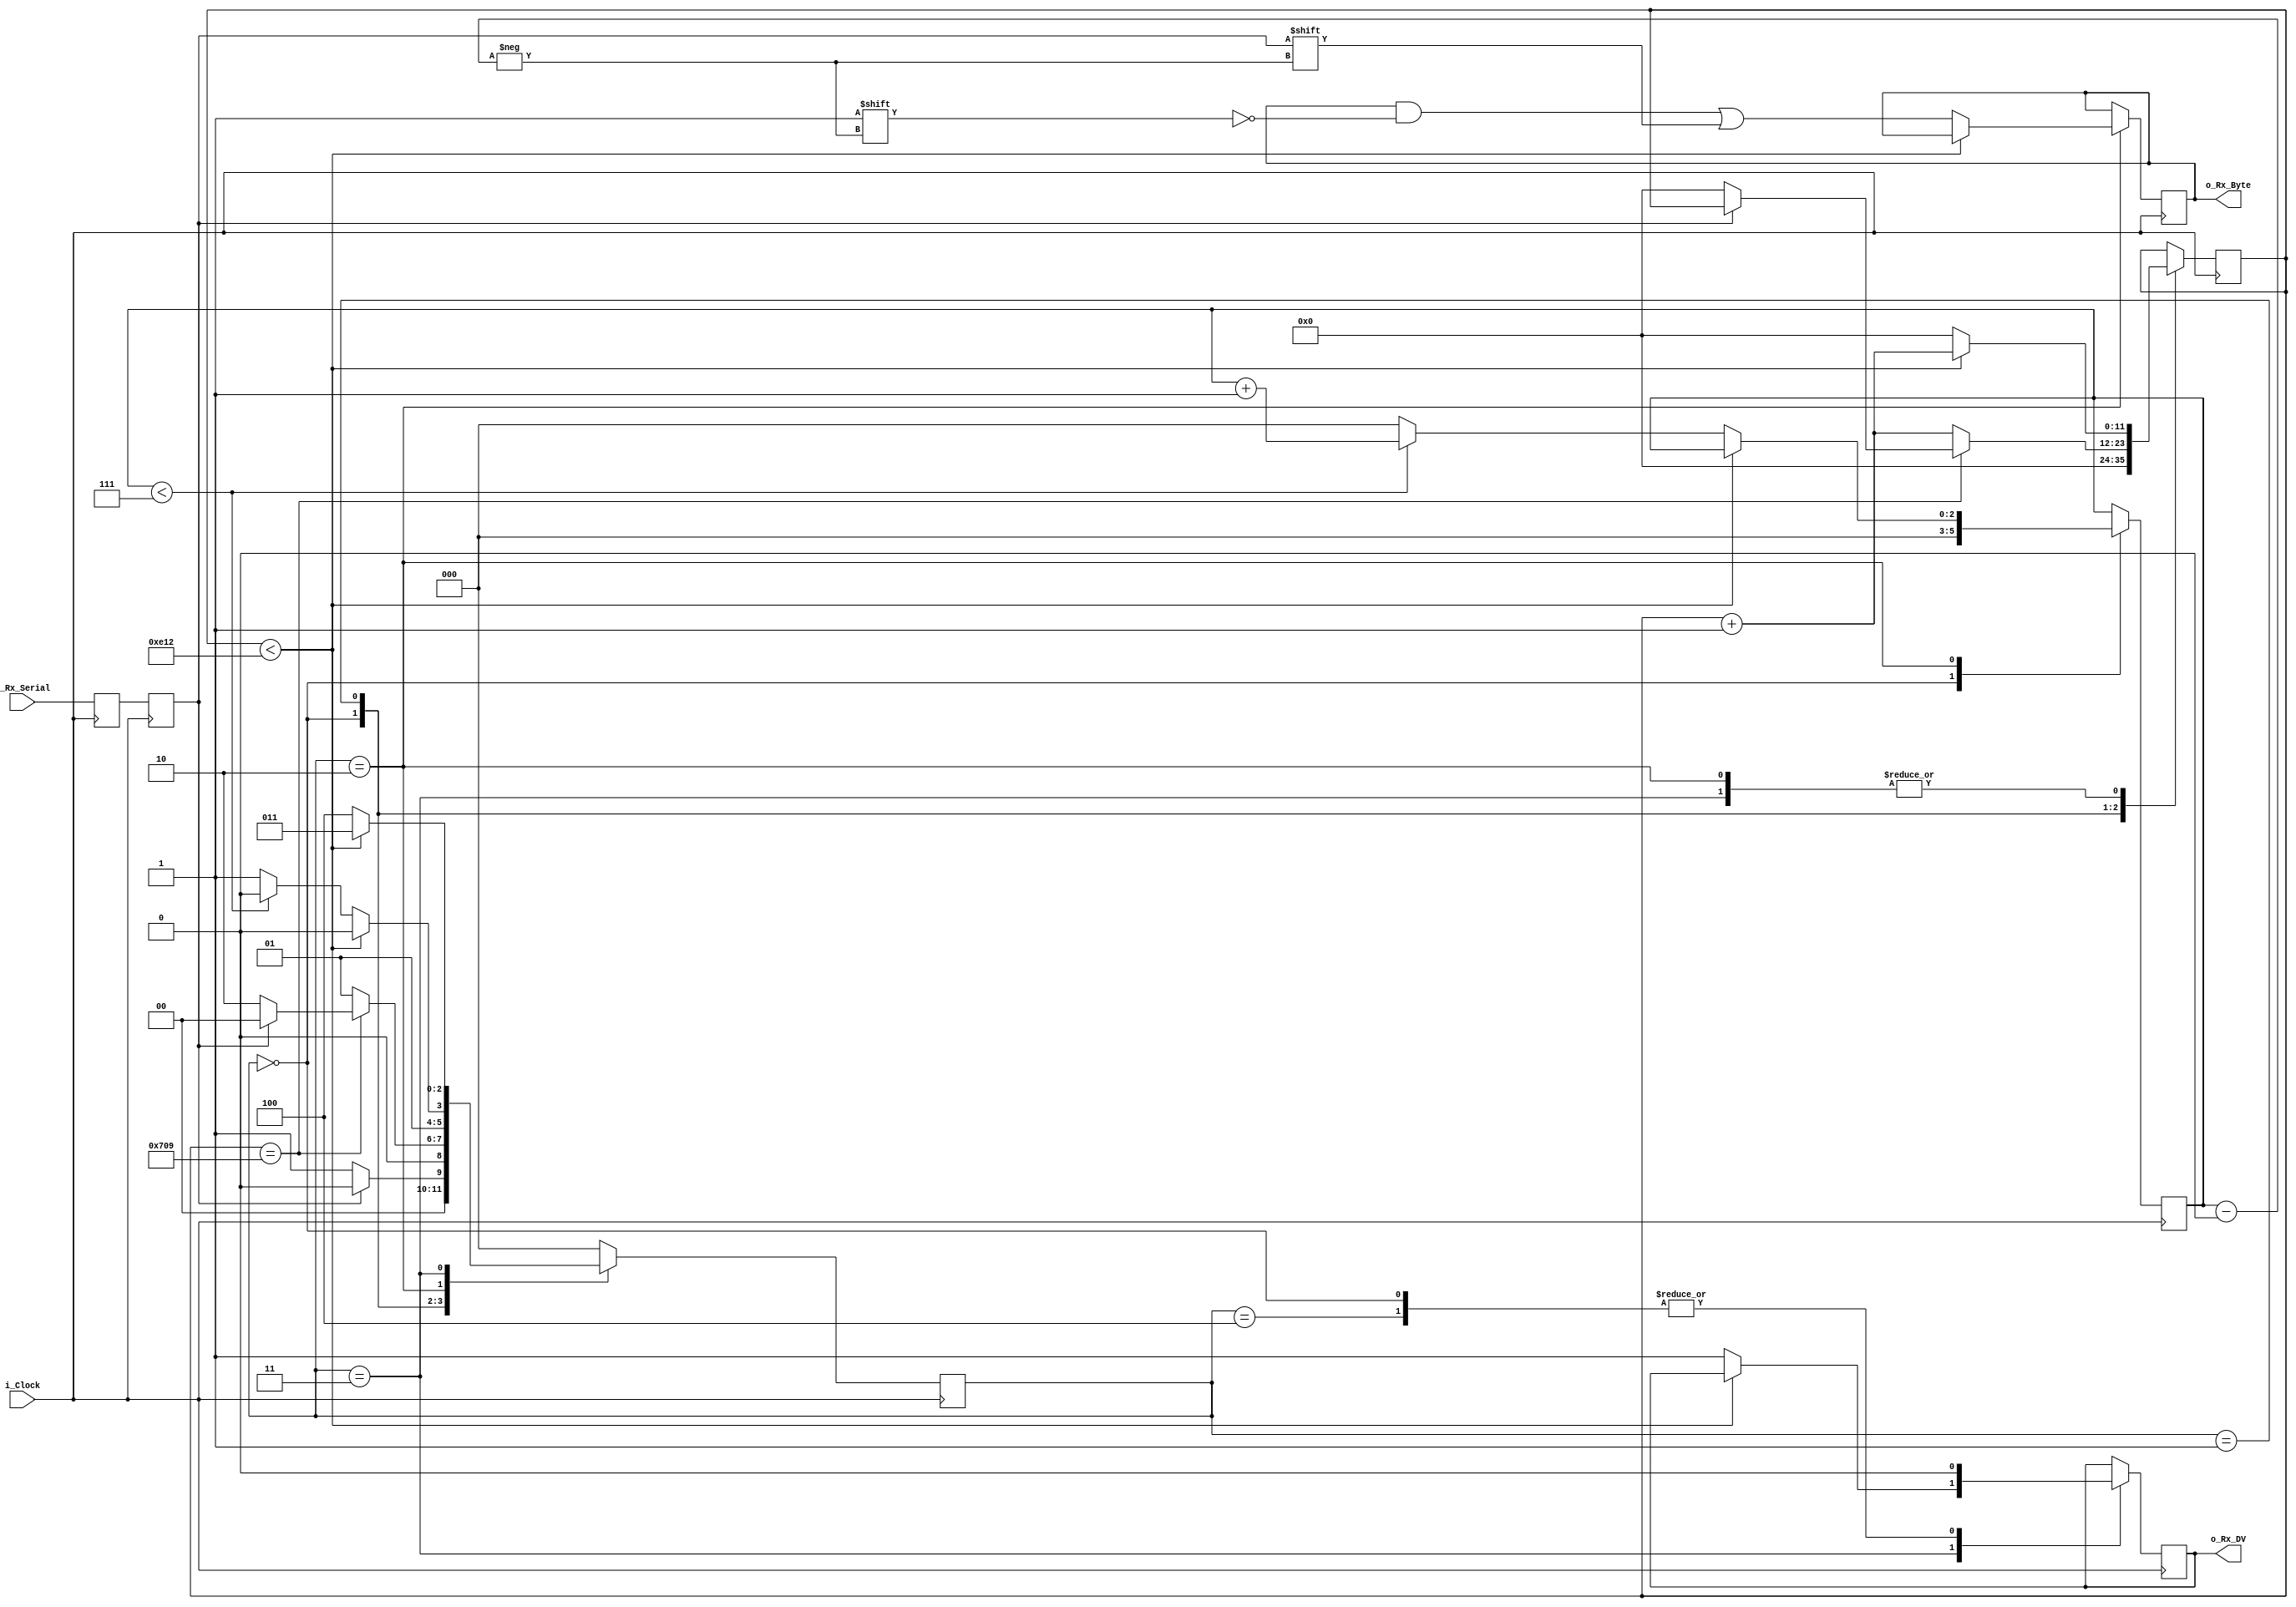
//////////////////////////////////////////////////////////////////////
// File Downloaded from http://www.nandland.com
//////////////////////////////////////////////////////////////////////
// This file contains the UART Receiver.  This receiver is able to
// receive 8 bits of serial data, one start bit, one stop bit,
// and no parity bit.  When receive is complete o_rx_dv will be
// driven high for one clock cycle.
// 
// Set Parameter CLKS_PER_BIT as follows:
// CLKS_PER_BIT = (Frequency of i_Clock)/(Frequency of UART)
// (50000000)/(14400) = 3603
  
module uart_rx 
  #(parameter CLKS_PER_BIT = 3603)
  (
   input        i_Clock,
   input        i_Rx_Serial, // Pino de Entrada do RX
   output       o_Rx_DV, // Sada para indicar se o dado j foi recebido
   output [7:0] o_Rx_Byte // Saida do dado recebido
	
   );
	
   //Definicao dos estados da mquina de estados 
  localparam [2:0] s_IDLE         = 3'b000,
						 s_RX_START_BIT = 3'b001,
						 s_RX_DATA_BITS = 3'b010,
						 s_RX_STOP_BIT  = 3'b011,
						 s_CLEANUP      = 3'b100;
   
  reg           r_Rx_Data_R = 1'b1;
  reg           r_Rx_Data   = 1'b1;
   
  reg [11:0]     r_Clock_Count = 0;
  reg [2:0]     r_Bit_Index   = 0; //8 bits total
  reg [7:0]     r_Rx_Byte     = 0;
  reg           r_Rx_DV       = 0;
  reg [2:0]     r_SM_Main     = 0;

   
  // Purpose: Double-register the incoming data.
  // This allows it to be used in the UART RX Clock Domain.
  // (It removes problems caused by metastability)
  always @(posedge i_Clock)
    begin
      r_Rx_Data_R <= i_Rx_Serial;
      r_Rx_Data   <= r_Rx_Data_R;
    end
   
   
  // Purpose: Control RX state machine
  always @(posedge i_Clock)
    begin
       
      case (r_SM_Main)
        s_IDLE :
          begin
            r_Rx_DV       <= 1'b0;
            r_Clock_Count <= 12'd0;
            r_Bit_Index   <= 3'd0;
             
            if (r_Rx_Data == 1'b0)          // Start bit detectado, muda pro estado start bit
              r_SM_Main <= s_RX_START_BIT;
            else
              r_SM_Main <= s_IDLE;
          end
         
        // Checa na metade do start bit para certificar que ainda  baixo
        s_RX_START_BIT :
          begin
            if (r_Clock_Count == (CLKS_PER_BIT-1)/2)
              begin
                if (r_Rx_Data == 1'b0)
                  begin
                    r_Clock_Count <= 12'd0;  //Reseta o counter
                    r_SM_Main     <= s_RX_DATA_BITS; // Vai para o estado de recebimento dos bits de dado
                  end
                else
                  r_SM_Main <= s_IDLE; // Caso no, volta para o estado IDLE
              end
            else
              begin
                r_Clock_Count <= r_Clock_Count + 12'd1;
                r_SM_Main     <= s_RX_START_BIT;
              end
          end // case: s_RX_START_BIT
         
         
        // Espera CLKS_PER_BIT-1 ciclos de clock para ter a amostra do dado
        s_RX_DATA_BITS :
          begin
            if (r_Clock_Count < CLKS_PER_BIT-1)
              begin
                r_Clock_Count <= r_Clock_Count + 12'd1;
                r_SM_Main     <= s_RX_DATA_BITS;
              end
            else
              begin
                r_Clock_Count          <= 12'd0; //Se o contador chegar ao limite, zera-se ele 
                r_Rx_Byte[r_Bit_Index] <= r_Rx_Data; // E coloca-se o dado recebido no momento no registrador na posio do index
                 
                // Check if we have received all bits
                if (r_Bit_Index < 7)
                  begin
                    r_Bit_Index <= r_Bit_Index + 3'd1; // Se o index ainda no chegou ao limite, incremeta-se +1
                    r_SM_Main   <= s_RX_DATA_BITS; 
                  end
                else
                  begin
                    r_Bit_Index <= 3'd0;
                    r_SM_Main   <= s_RX_STOP_BIT; // Ao receber todos os 8 bits, muda-se para o caso de stop bit
                  end
              end
          end 
     
     
        // Receive Stop bit.  Stop bit = 1
        s_RX_STOP_BIT :
          begin
            // Espera CLKS_PER_BIT-1 ciclos de clock para o stop bit terminar
            if (r_Clock_Count < CLKS_PER_BIT-1)
              begin
                r_Clock_Count <= r_Clock_Count + 12'd1;
                r_SM_Main     <= s_RX_STOP_BIT;
              end
            else
              begin
                r_Rx_DV       <= 1'b1;
                r_Clock_Count <= 12'd0;
                r_SM_Main     <= s_CLEANUP;
              end
          end 
     
         
        // Fica neste estado por um ciclo de clock, para dar tempo do DV
        s_CLEANUP :
          begin
						r_SM_Main <= s_IDLE;
						r_Rx_DV   <= 1'b0;
          end
         
         
        default :
          r_SM_Main <= s_IDLE;
         
      endcase
    end   



  
  assign o_Rx_DV   = r_Rx_DV;
  assign o_Rx_Byte = r_Rx_Byte;

  
   
endmodule // uart_rx